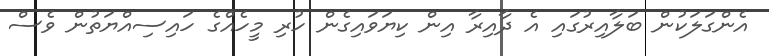
އެންގަލަކުން ބަލާއިރުގައި އެ ދާއިރާ އިން ކިޔަވައިގެން ހުރި މީހެއްގެ ހައިސިއްޔަތުން ވެސް